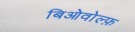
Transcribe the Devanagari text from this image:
बिओवोल्फ़